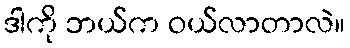
ဒါကို ဘယ်က ဝယ်လာတာလဲ။